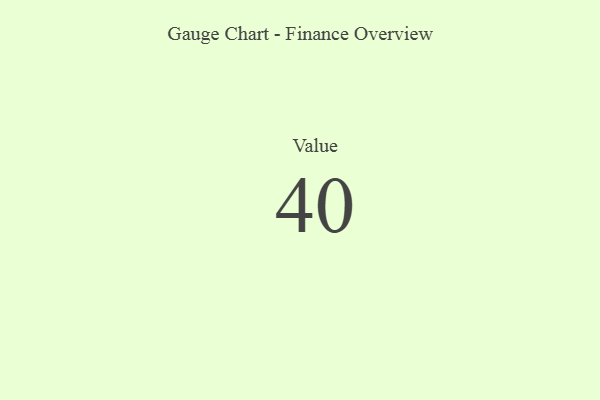
{"axis": {"x": "Metric", "y": "Value"}, "legend": [""], "data": [{"x": "Value", "y": 40, "type": ""}]}